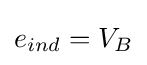
{e}_{ind}=V_{B}